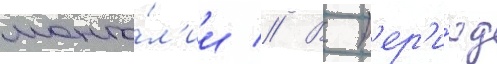
монго́л'ии // В п'ер'и́од